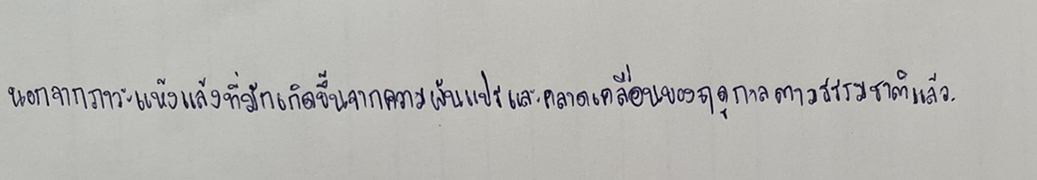
นอกจากภาวะแห้งแล้งที่มักเกิดขึ้นจากความผันแปรและคลาดเคลื่อนของฤดูกาลตามธรรมชาติแล้ว